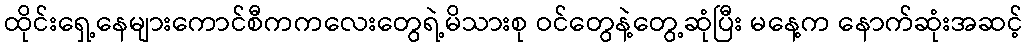
ထိုင်းရှေ့နေများကောင်စီကကလေးတွေရဲ့မိသားစု ဝင်တွေနဲ့တွေ့ဆုံပြီး မနေ့က နောက်ဆုံးအဆင့်